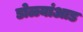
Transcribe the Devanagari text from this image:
डोळ्यांआड